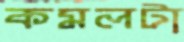
কমলটা